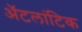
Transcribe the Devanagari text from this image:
ॲटलांटिक